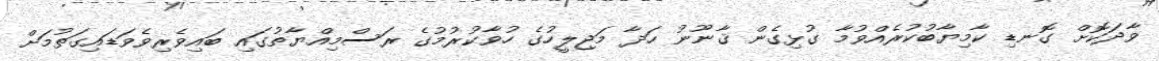
ވާދަކޮށް ގޮނޑި ކާމިޔާބުކުރެއްވުމާ ގުޅިގެން ޤާނޫނު ހަދާ މަޖިލީހުގެ ހުވާކުރުމުގެ ރަސްމިއްޔާތުގައި ބައިވެރިވެވަޑައިގަތުމަށް